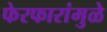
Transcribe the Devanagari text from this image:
फेरफारांमुळे